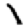
Digit: 1